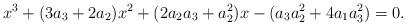
LaTeX: \begin{align*}x^3+(3a_3+2a_2)x^2+(2a_2a_3+a_2^2)x-(a_3a_2^2+4a_1a_3^2)=0.\end{align*}